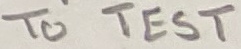
Text: TO TEST